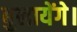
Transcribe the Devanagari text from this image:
बुलायेंगे।